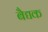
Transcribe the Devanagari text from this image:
बैद्यक